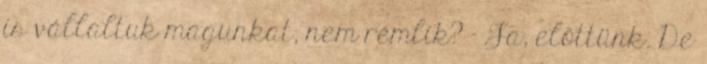
is vállaltuk magunkat, nem rémlik? - Ja, előttünk. De